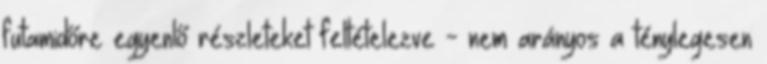
futamidőre egyenlő részleteket feltételezve - nem arányos a ténylegesen